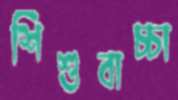
শিশুবাচ্চা